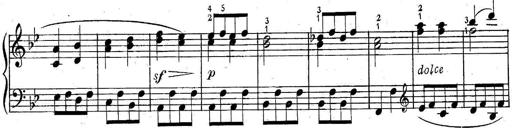
Title: 6 Easy Sonatinas
Composer: Carl Czerny